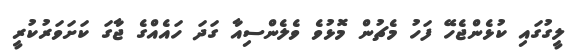
ލީގުގައި ކުޅެންޖެހޭ ފަހު މެޗުން މޮޅުވެ ވެލެންސިއާ ގަދަ ހައެއްގެ ޖާގަ ކަށަވަރުކުރީ